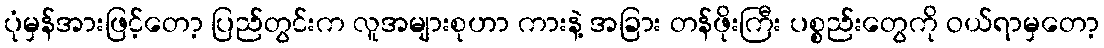
ပုံမှန်အားဖြင့်တော့ ပြည်တွင်းက လူအများစုဟာ ကားနဲ့ အခြား တန်ဖိုးကြီး ပစ္စည်းတွေကို ဝယ်ရာမှတော့